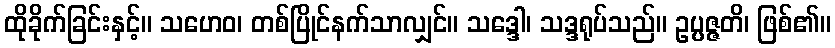
ထိုခိုက်ခြင်းနှင့်။ သဟေဝ၊ တစ်ပြိုင်နက်သာလျှင်။ သဒ္ဒေါ၊ သဒ္ဒရုပ်သည်။ ဥပ္ပဇ္ဇတိ၊ ဖြစ်၏။